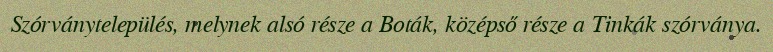
Szórványtelepülés, melynek alsó része a Boták, középső része a Tinkák szórványa.